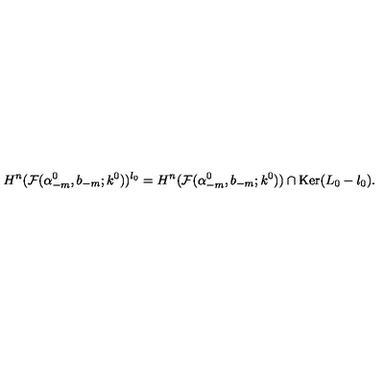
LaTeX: H ^ { n } ( { \cal F } ( \alpha _ { - m } ^ { 0 } , b _ { - m } ; k ^ { 0 } ) ) ^ { l _ { 0 } } = H ^ { n } ( { \cal F } ( \alpha _ { - m } ^ { 0 } , b _ { - m } ; k ^ { 0 } ) ) \cap \mathrm { K e r } ( L _ { 0 } - l _ { 0 } ) .